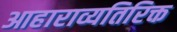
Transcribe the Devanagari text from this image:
आहाराव्यतिरिक्त